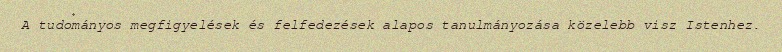
A tudományos megfigyelések és felfedezések alapos tanulmányozása közelebb visz Istenhez.